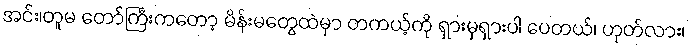
အင်း၊တူမ တော်ကြီးကတော့ မိန်းမတွေထဲမှာ တကယ့်ကို ရှားမှရှားပါ ပေတယ်၊ ဟုတ်လား၊